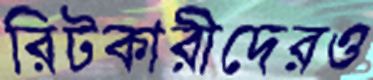
রিটকারীদেরও